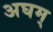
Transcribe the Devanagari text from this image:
अघम्